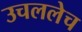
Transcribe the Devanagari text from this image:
उचललेच